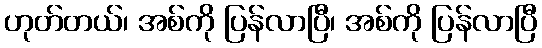
ဟုတ်တယ်၊ အစ်ကို ပြန်လာပြီ၊ အစ်ကို ပြန်လာပြီ